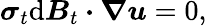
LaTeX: \boldsymbol{\sigma}_{t}\mathrm{d}\boldsymbol{B}_{t}\boldsymbol{\cdot}\boldsymbol{\nabla}\boldsymbol{u}=0,